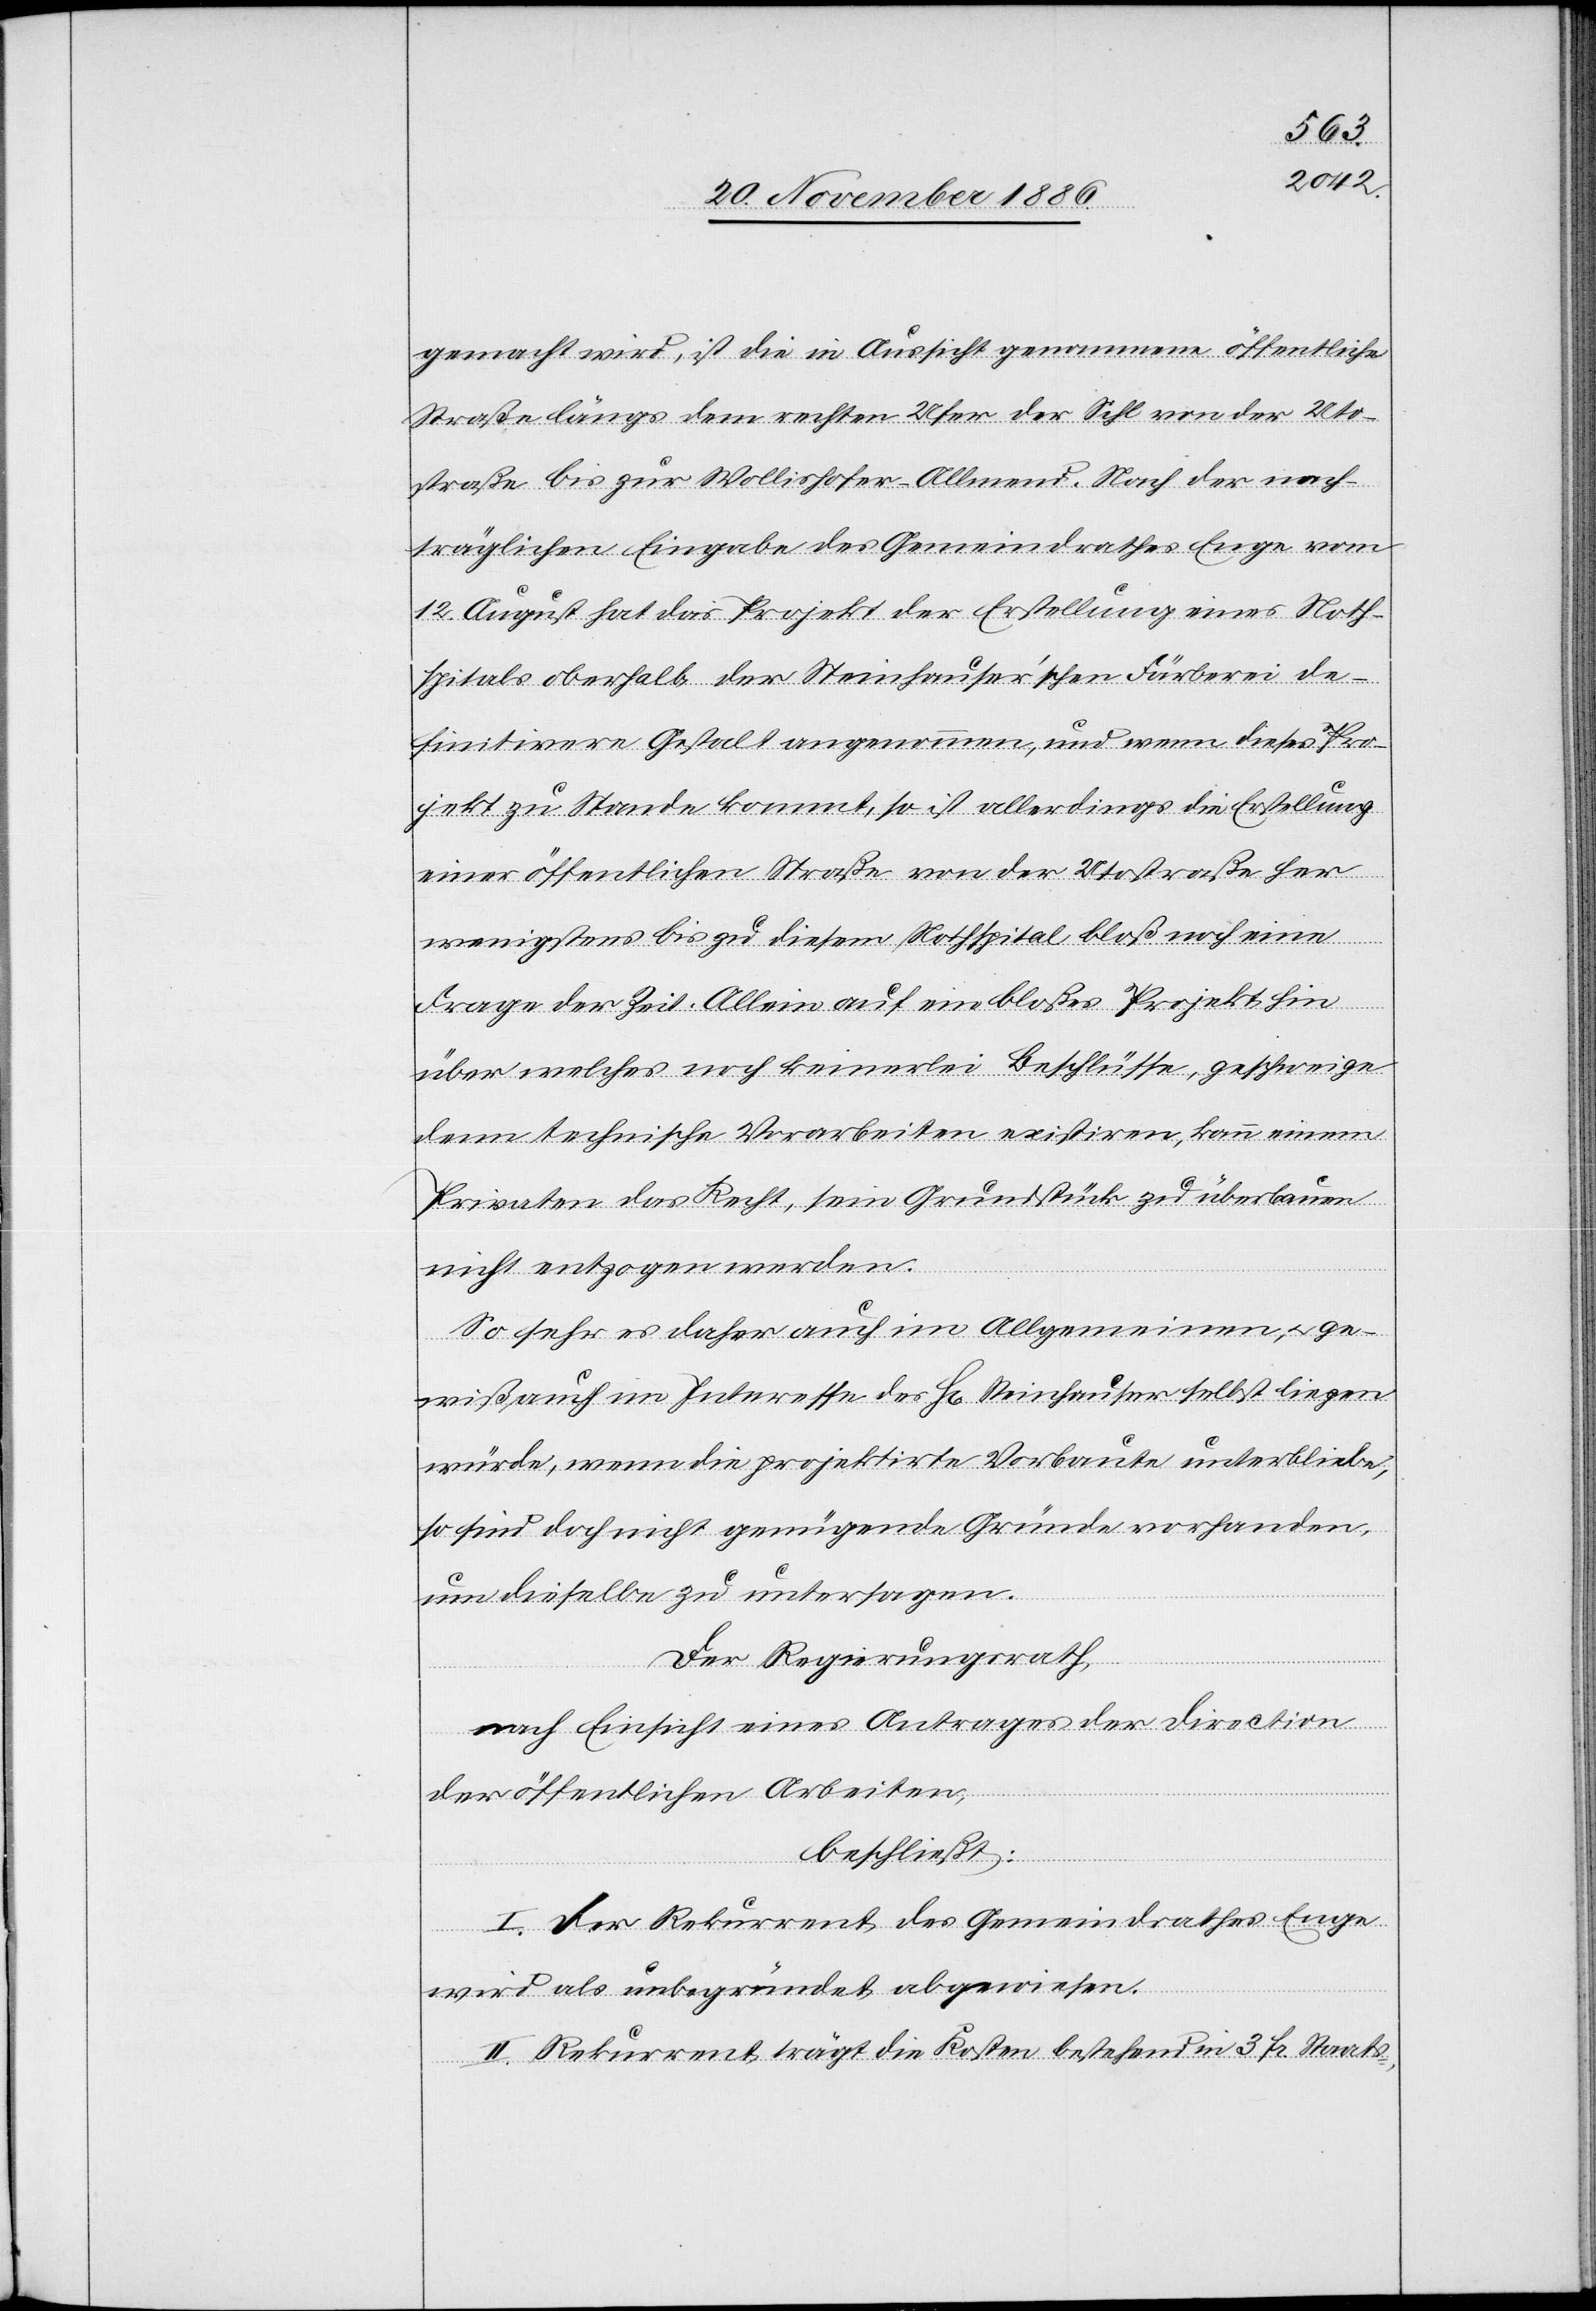
gemacht wird, ist die in Aussicht genommene öffentliche
Straße längs dem rechten Ufer der Sihl von der Uto¬
straße bis zur Wollishofer-Allmend. Nach der nach¬
träglichen Eingabe des Gemeindrathes Enge vom
12. August hat das Projekt der Erstellung eines Noth¬
spitals oberhalb der Steinhauser’schen Färberei de¬
finitivere Gestalt angenommen, und wenn dieses Pro¬
jekt zu Stande kommt, so ist allerdings die Erstellung
einer öffentlichen Straße von der Utostraße her
wenigstens bis zu diesem Nothspital bloß noch eine
Frage der Zeit. Allein auf eine bloßes Projekt hin
über welches noch keinerlei Beschlüsse, geschweige
denn technische Vorarbeiten existiren, kann einem
Privaten das Recht, sein Grundstück zu überbauen
nicht entzogen werden.
So sehr es daher auch im Allgemeinen, & ge¬
wiß auch im Interesse des H[errn] Steinhauser selbst liegen
würde, wenn die projektirte Vorbaute unterbliebe,
so sind doch nicht genügende Gründe vorhanden,
um dieselbe zu untersagen.
Der Regierungsrath,
nach Einsicht eines Antrages der Direction
der öffentlichen Arbeiten,
beschließt:
I. Der Rekurrent des Gemeindrathes Enge
wird als unbegründet abgewiesen.
II. Rekurrent trägt die Kosten bestehend in 3 Fr. Staats-,